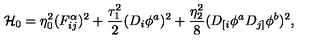
{ \cal H } _ { 0 } = \eta _ { 0 } ^ { 2 } ( F _ { i j } ^ { \alpha } ) ^ { 2 } + \frac { \tau _ { 1 } ^ { 2 } } { 2 } ( D _ { i } \phi ^ { a } ) ^ { 2 } + \frac { \eta _ { 2 } ^ { 2 } } { 8 } ( D _ { [ i } \phi ^ { a } D _ { j ] } \phi ^ { b } ) ^ { 2 } ,